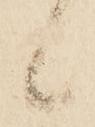
候